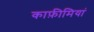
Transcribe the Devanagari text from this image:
काफ़ीमियां